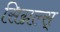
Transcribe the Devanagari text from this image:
सिग्नल्स्